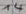
Text: 14